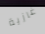
غازية